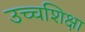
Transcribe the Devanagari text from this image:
उच्चशिक्षा